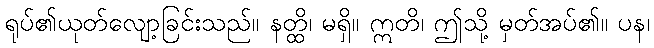
ရုပ်၏ယုတ်လျော့ခြင်းသည်။ နတ္ထိ၊ မရှိ။ ဣတိ၊ ဤသို့ မှတ်အပ်၏။ ပန၊